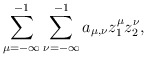
\begin{align*}\sum_{\mu=-\infty}^{-1} \sum_{\nu=-\infty}^{-1}a_{\mu,\nu}z_1^{\mu}z_2^{\nu},\end{align*}